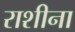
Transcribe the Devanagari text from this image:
राशीना